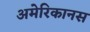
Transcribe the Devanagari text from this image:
अमेरिकानस